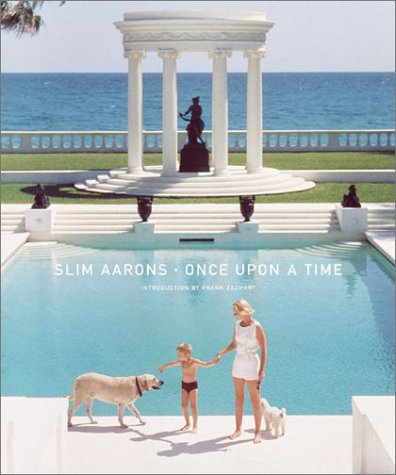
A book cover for Slim Aarons: Once Upon A Time; Slim Aarons; Arts & Photography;